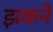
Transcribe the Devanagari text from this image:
झकने